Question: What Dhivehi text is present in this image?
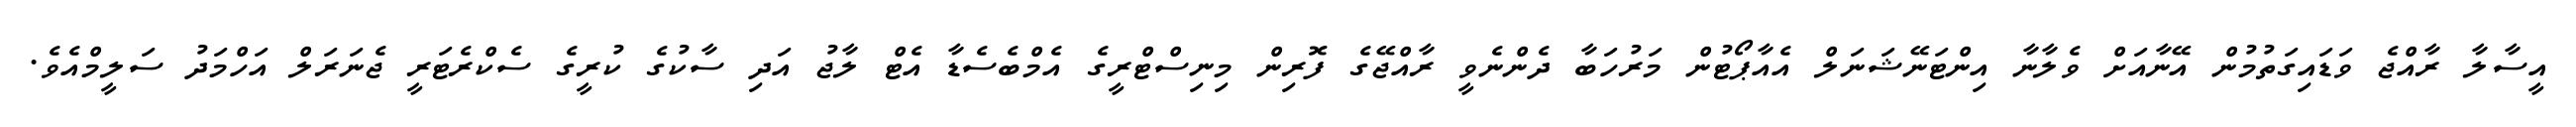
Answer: އީސާލާ ރާއްޖެ ވަޑައިގަތުމުން އޭނާއަށް ވެލާނާ އިންޓަނޭޝަނަލް އެއާޕޯޓުން މަރުހަބާ ދެންނެވީ ރާއްޖޭގެ ފޮރިން މިނިސްޓްރީގެ އެމްބެސެޑާ އެޓް ލާޖު އަދި ސާކުގެ ކުރީގެ ސެކްރެޓަރީ ޖެނަރަލް އަހްމަދު ސަލީމްއެވެ.